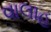
વાલાહ